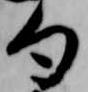
句